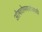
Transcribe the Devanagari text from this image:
औषधोपचारांसाठी